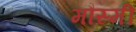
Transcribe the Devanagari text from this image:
मौस्मी